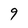
Character: 9